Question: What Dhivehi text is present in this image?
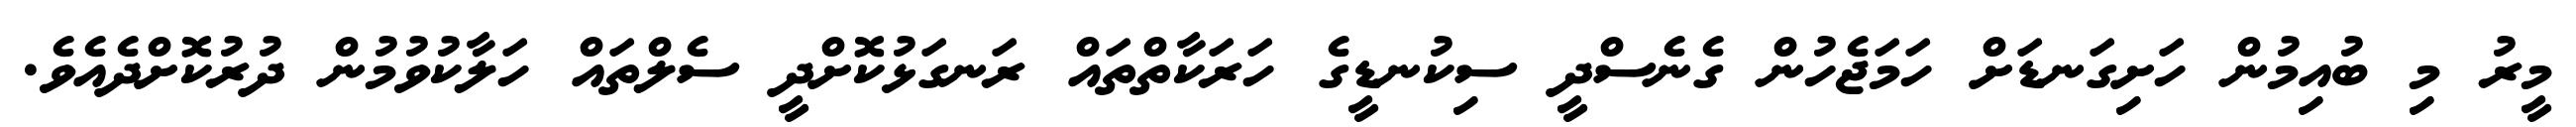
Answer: މީރު މި ބުއިމުން ހަށިގަނޑަށް ހަމަޖެހުން ގެނެސްދީ ސިކުނޑީގެ ހަރަކާތްތައް ރަނގަޅުކޮށްދީ ސެލްތައް ހަލާކުވުމުން ދުރުކޮށްދެއެވެ.